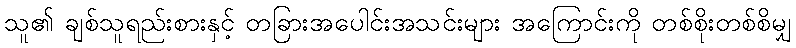
သူ၏ ချစ်သူရည်းစားနှင့် တခြားအပေါင်းအသင်းများ အကြောင်းကို တစ်စိုးတစ်စိမျှ